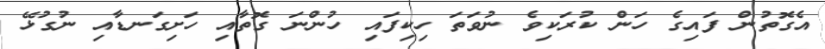
އެގޮތުން ފައިގެ ހަން ކުރަކިވެ ނުވަތަ ހިކިފައި ހުންނަ ގޮތާއި ހަށިގަނޑާއި ނުގުޅޭ